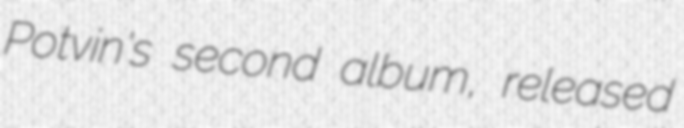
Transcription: Potvin's second album, released